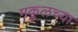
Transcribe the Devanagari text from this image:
मकुलच्या